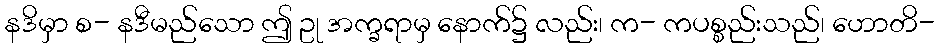
နဒိမှာ စ- နဒီမည်သော ဤ ဥု အက္ခရာမှ နောက်၌ လည်း၊ က- ကပစ္စည်းသည်၊ ဟောတိ-